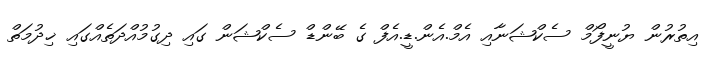
އިތުރުން ޔުނީފޯމް ސެކްޝަނާއި އެމް.އެން.ޑީ.އެފް ގެ ބޭންޑް ސެކްޝަން ގައި ދިގުމުއްދަތެއްގައި ޚިދުމަތް